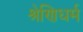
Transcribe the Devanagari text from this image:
श्रेणिधर्म